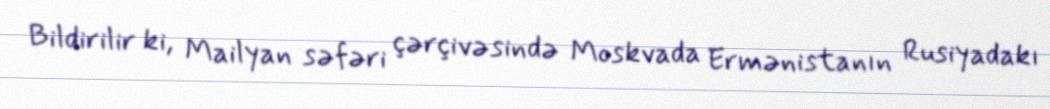
Bildirilir ki, Mailyan səfəri çərçivəsində Moskvada Ermənistanın Rusiyadakı